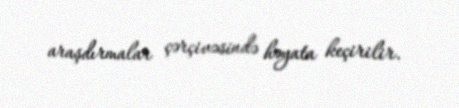
araşdırmalar çərçivəsində həyata keçirilir.